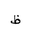
Letter: _za